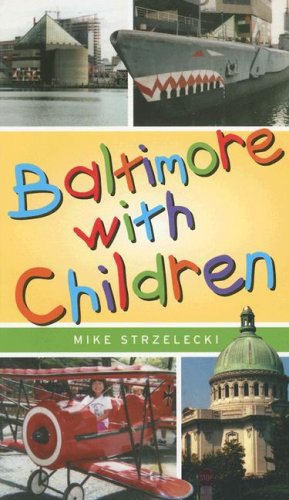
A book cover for Baltimore With Children; Mike Strzelecki; Travel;